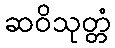
ဆဝိသုတ္တံ